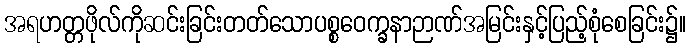
အရဟတ္တဖိုလ်ကိုဆင်းခြင်းတတ်သောပစ္စဝေက္ခနာဉာဏ်အမြင်းနှင့်ပြည့်စုံစေခြင်း၌။